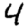
Digit: 4